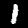
Label: 1